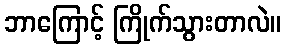
ဘာကြောင့် ကြိုက်သွားတာလဲ။